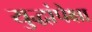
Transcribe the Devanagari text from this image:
युद्धांपेक्षा